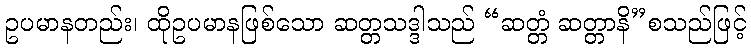
ဥပမာနတည်း၊ ထိုဥပမာနဖြစ်သော ဆတ္တသဒ္ဒါသည် “ဆတ္တံ ဆတ္တာနိ”စသည်ဖြင့်